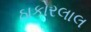
ઠાકોરલાલ